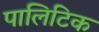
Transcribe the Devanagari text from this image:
पालिटिक